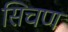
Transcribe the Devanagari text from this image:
सिचण